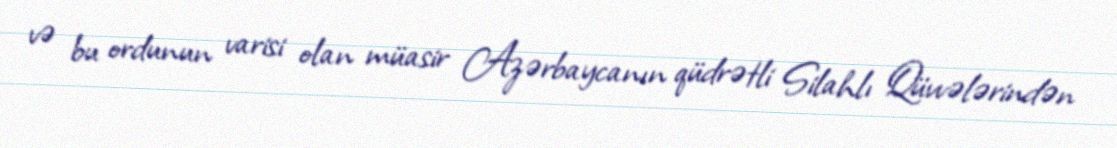
və bu ordunun varisi olan müasir Azərbaycanın qüdrətli Silahlı Qüvvələrindən